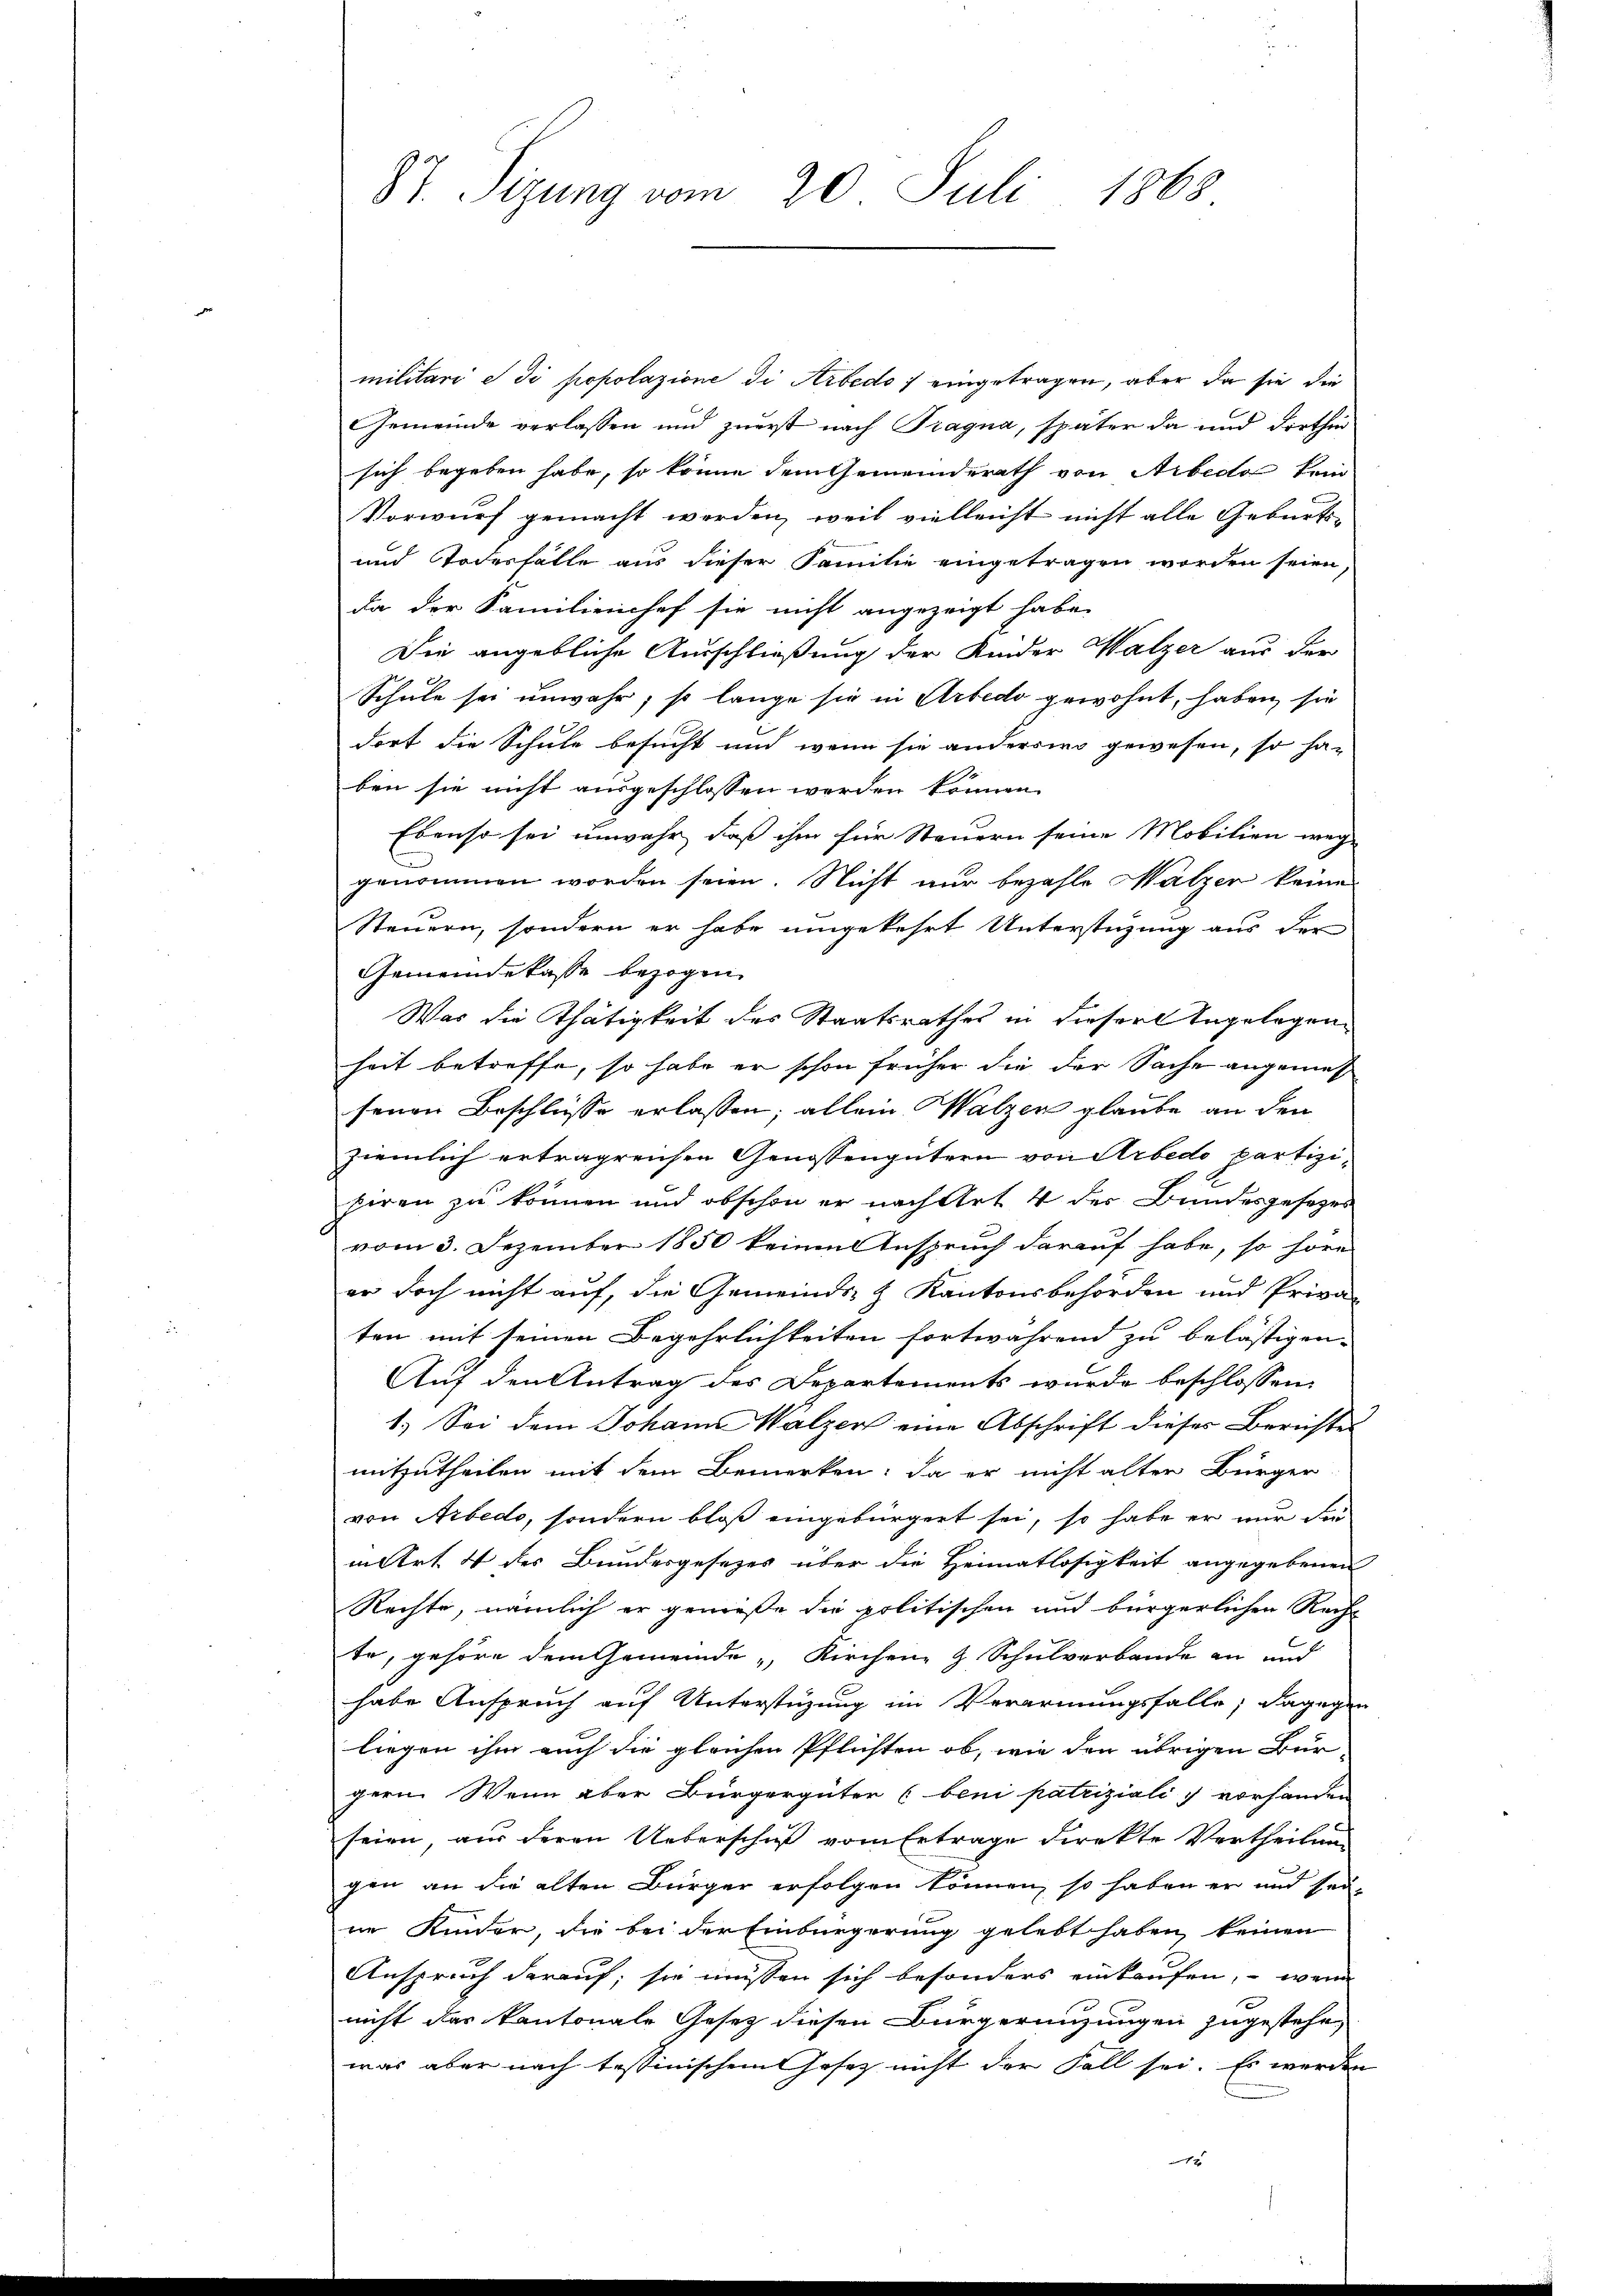
87. Sizung vom 20. Juli 1868

militari e di popolazione di Arbedo eingetragen, aber da sie die
Gemeinde verlassen und zuerst nach Tragna, später da und dorthin
sich begeben habe, so könne dem Gemeinderath von Arbeda kein
Vorwurf gemacht werden, weil vielleicht nicht alle Geburts-
und Todesfalle aus dieser Familie eingetragen worden seien,
da der Familienchef sie nicht angezeigt habe.
Die angebliche Ausschließung der Kinder Walzer aus der
Schule sei unwahr, so lange sie in Arbedo gewohnt, haben sie
dort die Schule besucht und wenn sie anderswo gewesen, so ha-
ben sie nicht ausgeschlossen werden können.
Ebenso sei unwahr, daß ihm für Steuern seine Mobilien wege
genommen worden seien. Nicht nur bezahle Malzer keine
Steuern, sondern er habe umgekehrt Unterstüzung aus der
Gemeindekasse bezogen.
Was die Thätigkeit des Staatsrathes in dieser Angelegen
heit betreffe, so habe er schon früher die der Sache angemeß
senen Beschlüsse erlassen; allein Walzen glaube an den
ziemlich ertragreichen Genossengütern von Arbedo partizihiren zu können und obschon er nach Art 4 der Bundesgesezes
vom 3. Dezember 1850 keinen Anspruch darauf habe, so höre
er doch nicht auf, die Gemeinds- & Kantonsbehörden und Priva-
ten mit seinen Begehrlichkeiten fortwährend zu belästigen.
Auf den Antrag des Departements wurde beschlossen:
1.) Sei dem Johann Walzer eine Abschrift dieses Berichte
mitzutheilen mit dem Bemerken: da er nicht alten Bürger
von Arbedo, sondern bloß eingebürgert sei, so habe er nur die
in Art 4 des Bundesgesezes über die Heimatlosigkeit angegebenen
Rechte, nämlich er genieße die politischen und bürgerlichen Rech
te, gehöre dem Gemeinde „Kirchen- & Schulverbande an und
habe Anspruch auf Unterstüzung im Verarmungsfalle; dagegen
liegen ihm auch die gleichen Pflichten ob, wie den übrigen Bur-
gern. Wenn aber Bürgergüter (beni patriziali vorhanden
seien, aus deren Ueberschuß vom Ertrage direkte Vertheilung
gen an die alten Bürger erfolgen können, so haben er und seine Kinder, die bei der Einbürgerung gelebt haben, keinen
Anspruch darauf; sie müssen sich besonders einkaufen, wenn
nicht das kantonale Gesetz diesen Bürgeringungen zugestehe,
was aber nach testinischem Josez nicht der Fall sei. Es werden

,